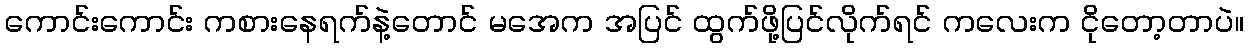
ကောင်းကောင်း ကစားနေရက်နဲ့တောင် မအေက အပြင် ထွက်ဖို့ပြင်လိုက်ရင် ကလေးက ငိုတော့တာပဲ။